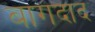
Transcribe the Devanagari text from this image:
बागदाद